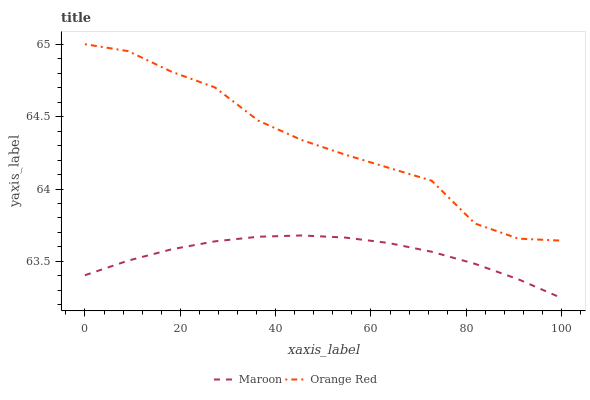
| xaxis_label | Maroon | Orange Red |
 | --- | --- | --- |
 | 0 | 63.4 | 65 |
 | 9.09 | 63.5 | 65 |
 | 18.2 | 63.6 | 64.8 |
 | 27.3 | 63.6 | 64.7 |
 | 36.4 | 63.7 | 64.5 |
 | 45.5 | 63.7 | 64.3 |
 | 54.5 | 63.7 | 64.2 |
 | 63.6 | 63.6 | 64.1 |
 | 72.7 | 63.6 | 64.1 |
 | 81.8 | 63.5 | 63.8 |
 | 90.9 | 63.4 | 63.7 |
 | 100 | 63.2 | 63.6 |